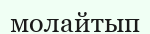
молайтып